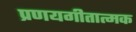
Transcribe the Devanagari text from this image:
प्रणयगीतात्मक